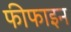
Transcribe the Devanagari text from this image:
फीफाइन